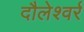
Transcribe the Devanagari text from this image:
दौलेश्वर्र